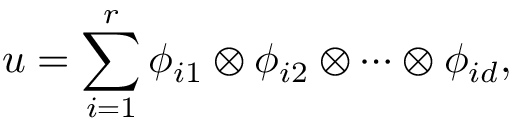
u = \sum _ { i = 1 } ^ { r } \phi _ { i 1 } \otimes \phi _ { i 2 } \otimes \cdots \otimes \phi _ { i d } ,